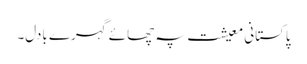
پاکستانی معیشت پہ چھائے گہرے بادل۔